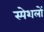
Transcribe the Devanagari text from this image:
स्पेशलों